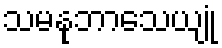
သမနုဘာသေယျုံ